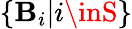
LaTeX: \{ \mathbf{B}_{i}|i\inS\}